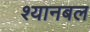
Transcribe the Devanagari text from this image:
श्यानबल